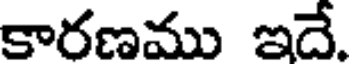
కారణము ఇదే.